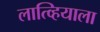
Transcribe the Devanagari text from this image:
लात्व्हियाला